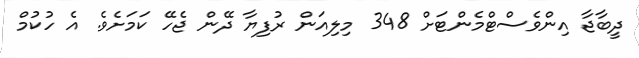
ދީބާޖާ އިންވެސްޓްމެންޓަށް 348 މިލިއަން ރުފިޔާ ދޭން ޖެހޭ ކަމަށެވެ. އެ ހުކުމް